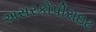
અસરકોપીરાઇટ